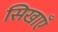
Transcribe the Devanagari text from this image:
सिखाएँ